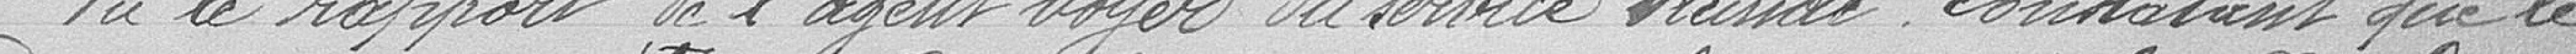
Vu le rapport de l'agent voyer du service vicinal constant que le